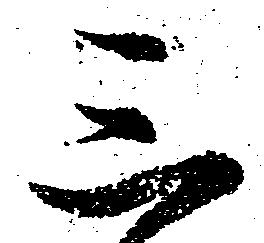
三